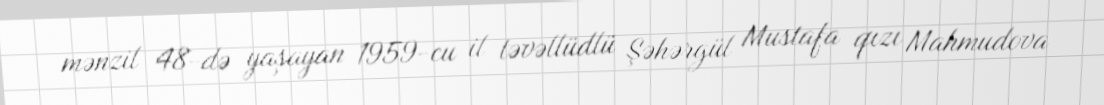
mənzil 48-də yaşayan 1959-cu il təvəllüdlü Şəhərgül Mustafa qızı Mahmudova